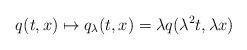
LaTeX: \begin{align*}q(t,x) \mapsto q_\lambda(t,x) = \lambda q(\lambda^2 t, \lambda x) \qquad\end{align*}